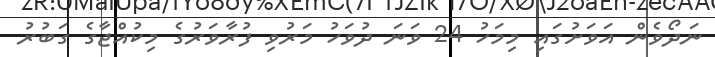
ނަދޯވެން އަވަށުގައި މިމަހު 24 ވަނަ ދުވަހު މަރުވި ފުރާވަރުގެ މިކުއްޖާގެ ގަބުރު